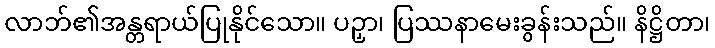
လာဘ်၏အန္တရာယ်ပြုနိုင်သော။ ပဉှာ၊ ပြဿနာမေးခွန်းသည်။ နိဋ္ဌိတာ၊